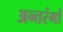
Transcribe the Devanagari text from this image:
अन्तरंगों